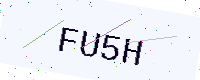
Text: FU5H